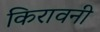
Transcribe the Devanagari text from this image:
किरावनी